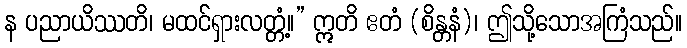
န ပညာယိဿတိ၊ မထင်ရှားလတ္တံ့။” ဣတိ ဧတံ (စိန္တနံ)၊ ဤသို့သောအကြံသည်။